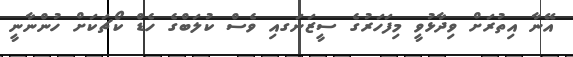
އޭނާ އިތުރަށް ވިދާޅުވީ މިފަހަރުގެ ސީޒަނަގއި ވެސް ކުލަބްގެ ހެޑް ކޯޗަކަށް ހުންނާނީ